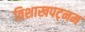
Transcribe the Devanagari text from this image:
विशाखपट्‌नम